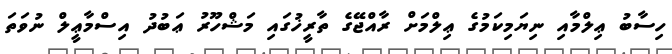
ހިސާބު ޢިލްމާއި ނިޔަމިކަމުގެ ޢިލްމަށް ރާއްޖޭގެ ތާރީޚުގައި މަޝްހޫރު ޢަބުދު އިސްމާޢީލް ނުވަތަ